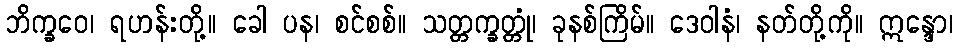
ဘိက္ခဝေ၊ ရဟန်းတို့။ ခေါ ပန၊ စင်စစ်။ သတ္တက္ခတ္တုံ၊ ခုနစ်ကြိမ်။ ဒေဝါနံ၊ နတ်တို့ကို။ ဣန္ဒော၊